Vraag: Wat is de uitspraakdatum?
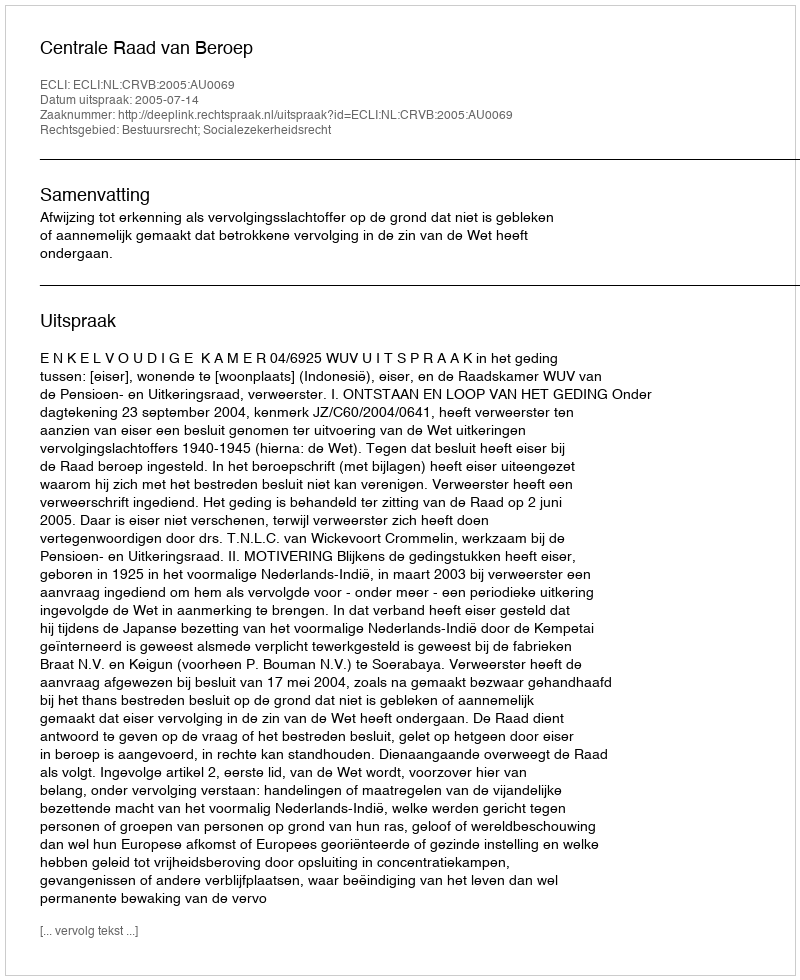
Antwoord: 2005-07-14